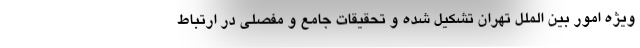
ویژه امور بین الملل تهران تشکیل شده و تحقیقات جامع و مفصلی در ارتباط